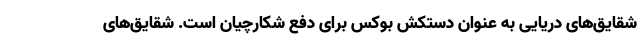
شقایق‌های دریایی به عنوان دستکش بوکس برای دفع شکارچیان است. شقایق‌های